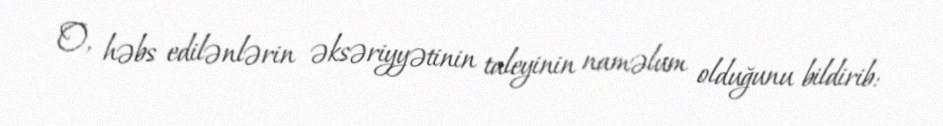
O, həbs edilənlərin əksəriyyətinin taleyinin naməlum olduğunu bildirib: